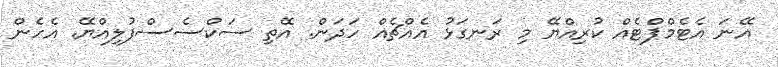
އޭނަ އެޓެމްޕްޓެއް ކުރިއްޔޭ މި ރަނގަޅު އެއްޗެއް ހަދަން. އޭތި ސަކްސެސްފުލިއްޔޭ. އެހެން